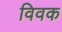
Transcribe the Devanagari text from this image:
विवक